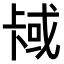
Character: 𫧳